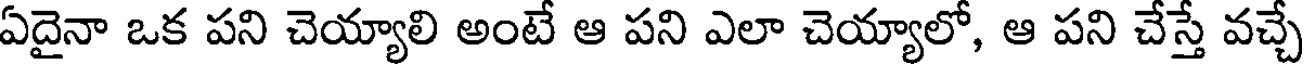
ఏదైనా ఒక పని చెయ్యాలి అంటే ఆ పని ఎలా చెయ్యాలో, ఆ పని చేస్తే వచ్చే